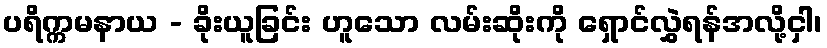
ပရိက္ကမနာယ - ခိုးယူခြင်း ဟူသော လမ်းဆိုးကို ရှောင်လွှဲရန်အလို့ငှါ၊